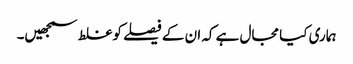
ہماری کیا مجال ہے کہ ان کے فیصلے کوغلط سمجھیں۔